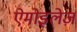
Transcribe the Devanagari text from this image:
ऐमोइलेज़